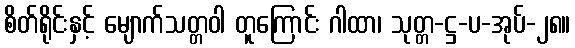
စိတ်ရိုင်းနှင့် မျောက်သတ္တဝါ တူကြောင်း ဂါထာ၊ သုတ္တ-ဋ္ဌ-ပ-အုပ်-၂၈။